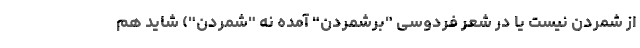
از شمردن نیست یا در شعر فردوسی "برشمردن" آمده نه "شمردن") شاید هم